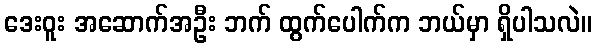
ဒေးဝူး အဆောက်အဦး ဘက် ထွက်ပေါက်က ဘယ်မှာ ရှိပါသလဲ။